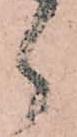
郎